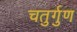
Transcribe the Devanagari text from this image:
चतुर्गुण